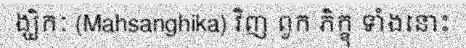
ង្ឃិកៈ (Mahsanghika) វិញ ពួក ភិក្ខុ ទាំងនោះ